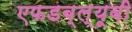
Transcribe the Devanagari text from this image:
एफडब्ल्यूबी